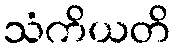
သံကိယတိ